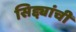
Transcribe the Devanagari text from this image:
सिद्द्यांची